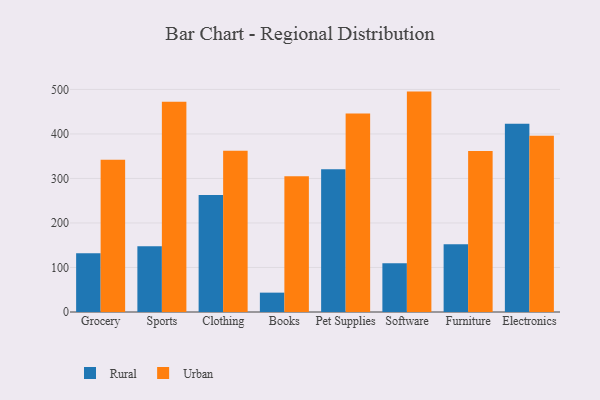
{"axis": {"x": "Category", "y": "Page Views"}, "legend": ["Rural", "Urban"], "data": [{"x": "Grocery", "y": 132.2, "type": "Rural"}, {"x": "Grocery", "y": 341.8, "type": "Urban"}, {"x": "Sports", "y": 147.5, "type": "Rural"}, {"x": "Sports", "y": 472.4, "type": "Urban"}, {"x": "Clothing", "y": 262.8, "type": "Rural"}, {"x": "Clothing", "y": 362.2, "type": "Urban"}, {"x": "Books", "y": 43.5, "type": "Rural"}, {"x": "Books", "y": 304.7, "type": "Urban"}, {"x": "Pet Supplies", "y": 320.6, "type": "Rural"}, {"x": "Pet Supplies", "y": 446.1, "type": "Urban"}, {"x": "Software", "y": 109.7, "type": "Rural"}, {"x": "Software", "y": 495.1, "type": "Urban"}, {"x": "Furniture", "y": 152.1, "type": "Rural"}, {"x": "Furniture", "y": 361.5, "type": "Urban"}, {"x": "Electronics", "y": 422.7, "type": "Rural"}, {"x": "Electronics", "y": 396.1, "type": "Urban"}]}